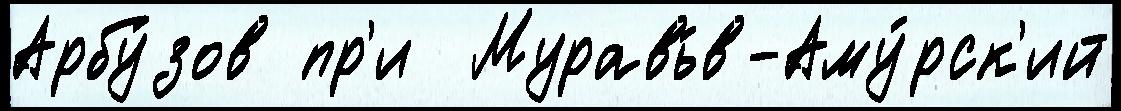
Арбу́зов пр'и  Муравь́в-Аму́рск'ий